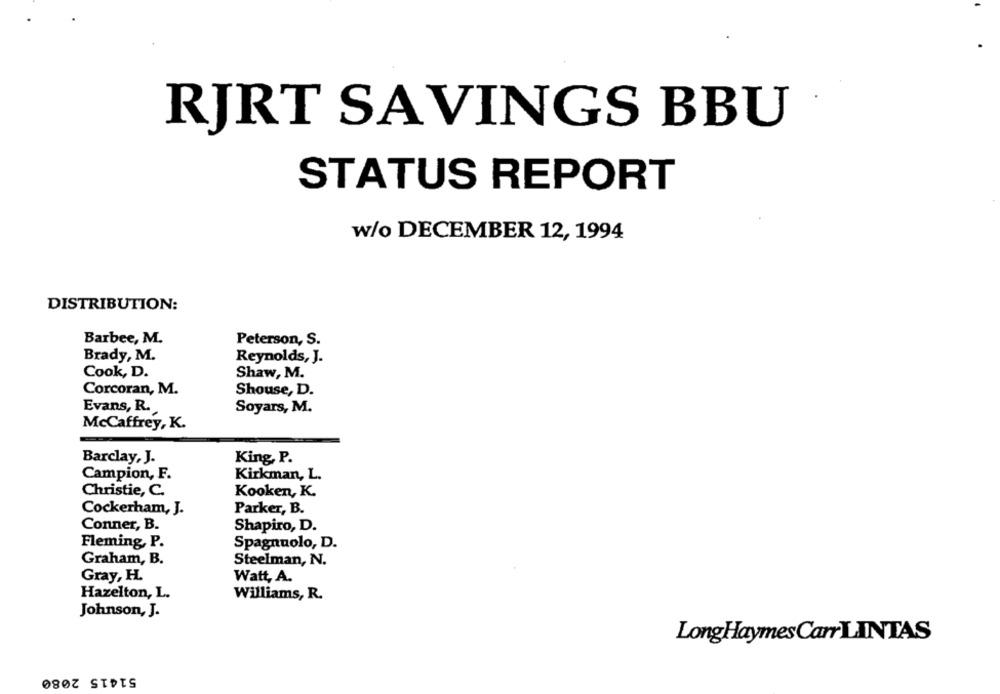
RJRT SAVINGS BBU
STATUS REPORT
w/o DECEMBER 12, 1994
DISTRIBUTION:
Barbee, M.
Peterson, S.
Brady, M.
Reynolds, J.
Cook, D.
Shaw, M.
Corcoran, M.
Shouse, D.
Evans, R.
Soyars, M.
McCaffrey, K.
Barclay, J.
King, P.
Campion, F.
Kirkman, L.
Christie, C.
Kooken, K.
Cockerham, J.
Parker, B.
Conner, B.
Shapiro, D.
Fleming, P.
Spagnuolo, D.
Graham, B.
Steelman, N.
Gray, H.
Watt, A.
Hazelton, L.
Williams, R.
Johnson, J.
LongHaymes Carr LINTAS
51415 2080